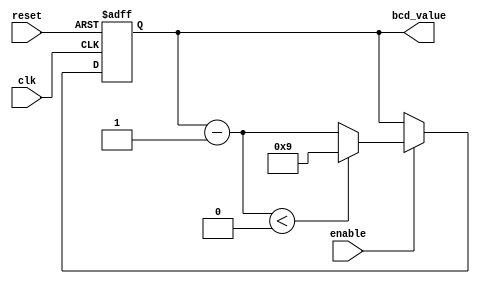
module BCD_Down_Counter_with_Enable (
    input wire clk,
    input wire reset,
    input wire enable,
    output reg [3:0] bcd_value
);

reg [3:0] next_bcd_value;

always @(posedge clk or posedge reset) begin
    if (reset) begin
        bcd_value <= 4'b1001; // Initial BCD value
    end else if (enable) begin
        next_bcd_value = bcd_value - 1;
        if (next_bcd_value < 4'b0000) begin
            next_bcd_value = 4'b1001; // Wrap around to 9 if count underflows
        end
        bcd_value <= next_bcd_value;
    end
end

endmodule